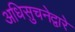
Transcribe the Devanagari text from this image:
अधिसुचनेद्वारे